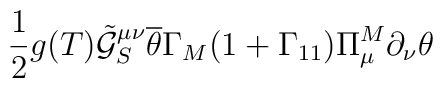
\frac{1}{2}g(T)\tilde{\mathcal{G}}_S^{\mu\nu}\overline{\theta}\Gamma_M(1+\Gamma_{11})\Pi^M_{\mu}\partial_{\nu}\theta